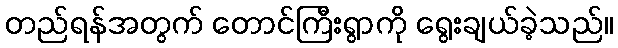
တည်ရန်အတွက် တောင်ကြီးရွာကို ရွေးချယ်ခဲ့သည်။